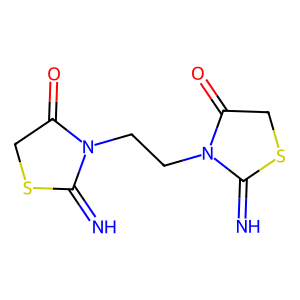
SMILES: N=C1SCC(=O)N1CCN1C(=N)SCC1=O
Inhibits HIV replication: No